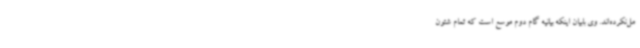
مل‌نکرده‌اند. وی بابیان اینکه بیانیه گام دوم موسع است که تمام شئون